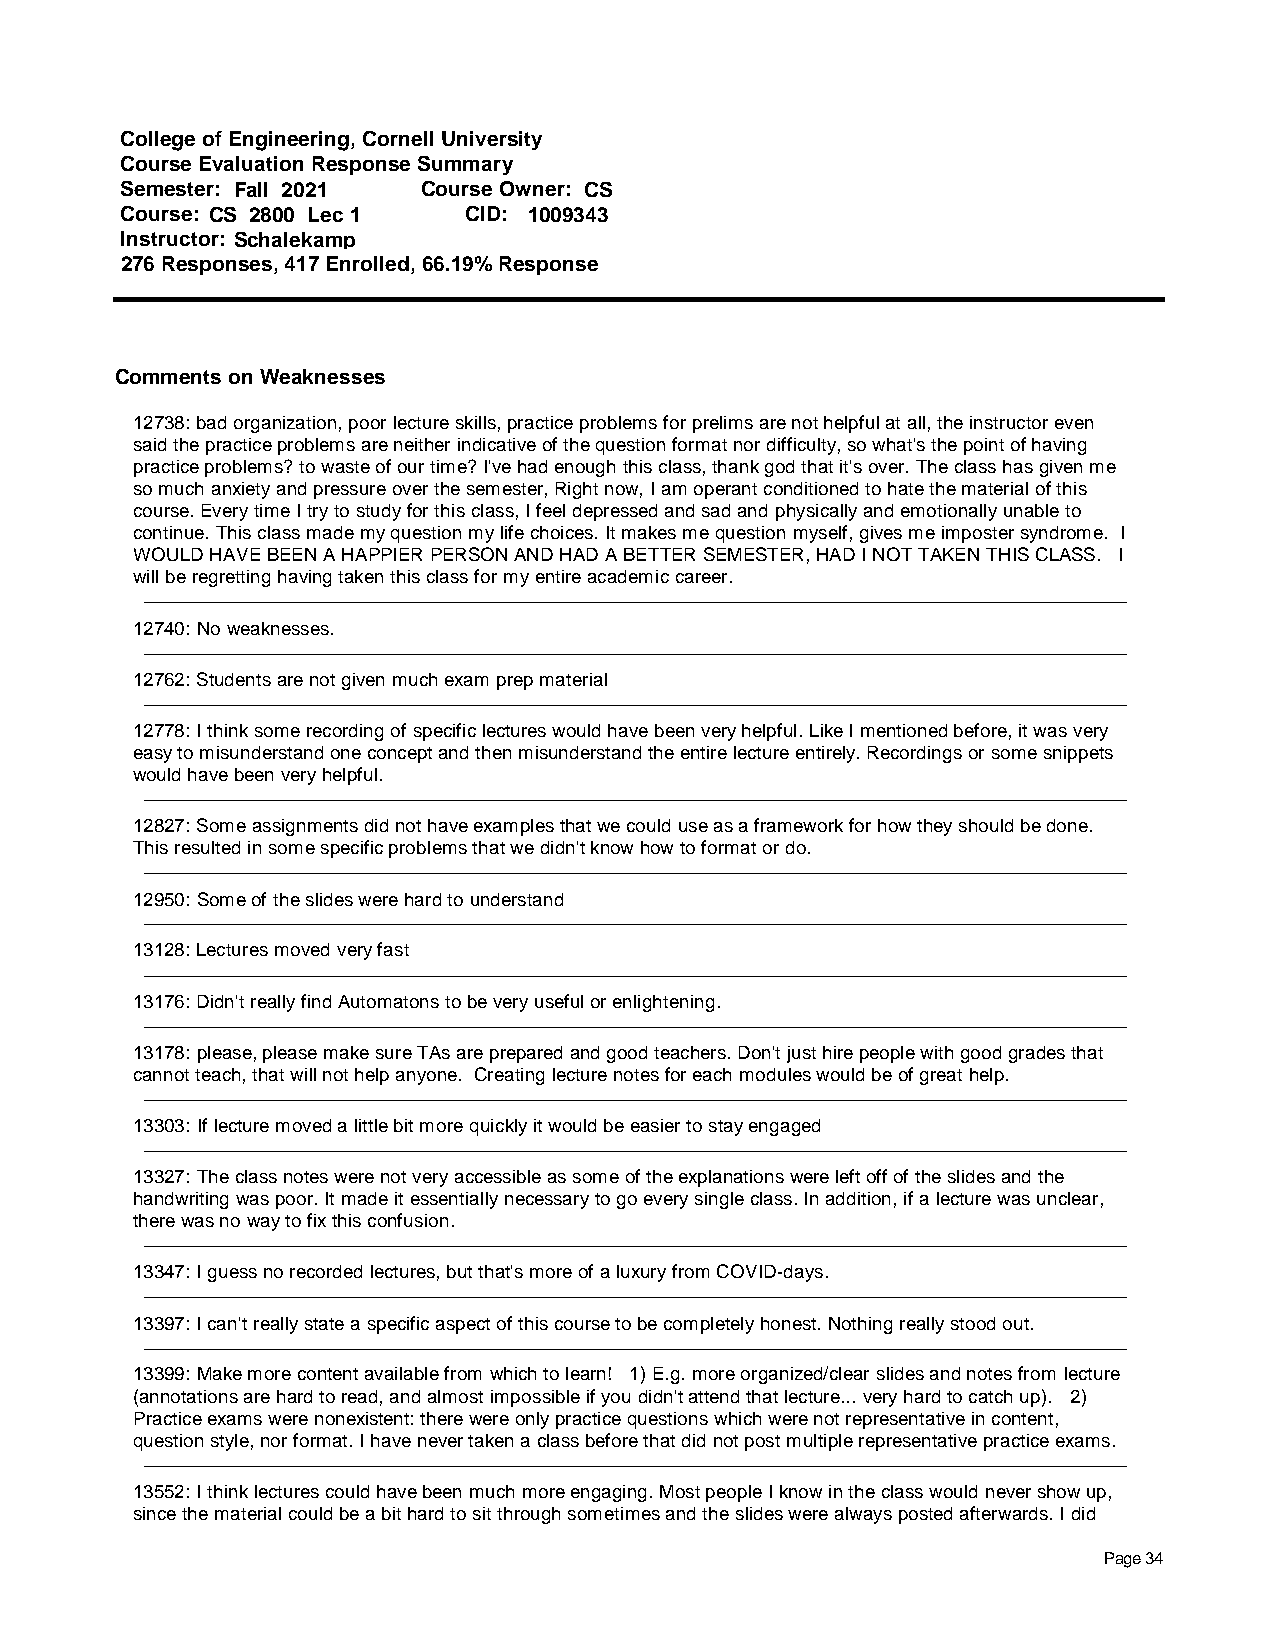
College of Engineering, Cornell University
 Course Evaluation Response Summary
 Semester: Fall 2021 Course Owner: CS
 Course: CS 2800 Lec 1  CID: 1009343
 Instructor: Schalekamp
 276 Responses, 417 Enrolled, 66.19% Response
 Comments on Weaknesses
 12738: bad organization, poor lecture skills, practice problems for prelims are not helpful at all, the instructor even
 said the practice problems are neither indicative of the question format nor difficulty, so what's the point of having
 practice problems? to waste of our time? I've had enough this class, thank god that it's over. The class has given me
 so much anxiety and pressure over the semester, Right now, I am operant conditioned to hate the material of this
 course. Every time I try to study for this class, I feel depressed and sad and physically and emotionally unable to
 continue. This class made my question my life choices. It makes me question myself, gives me imposter syndrome. I
 WOULD HAVE BEEN A HAPPIER PERSON AND HAD A BETTER SEMESTER, HAD I NOT TAKEN THIS CLASS. I
 will be regretting having taken this class for my entire academic career.
 12740: No weaknesses.
 12762: Students are not given much exam prep material
 12778: I think some recording of specific lectures would have been very helpful. Like I mentioned before, it was very
 easy to misunderstand one concept and then misunderstand the entire lecture entirely. Recordings or some snippets
 would have been very helpful.
 12827: Some assignments did not have examples that we could use as a framework for how they should be done.
 This resulted in some specific problems that we didn't know how to format or do.
 12950: Some of the slides were hard to understand
 13128: Lectures moved very fast
 13176: Didn't really find Automatons to be very useful or enlightening.
 13178: please, please make sure TAs are prepared and good teachers. Don't just hire people with good grades that
 cannot teach, that will not help anyone. Creating lecture notes for each modules would be of great help.
 13303: If lecture moved a little bit more quickly it would be easier to stay engaged
 13327: The class notes were not very accessible as some of the explanations were left off of the slides and the
 handwriting was poor. It made it essentially necessary to go every single class. In addition, if a lecture was unclear,
 there was no way to fix this confusion.
 13347: I guess no recorded lectures, but that's more of a luxury from COVID-days.
 13397: I can't really state a specific aspect of this course to be completely honest. Nothing really stood out.
 13399: Make more content available from which to learn! 1) E.g. more organized/clear slides and notes from lecture
 (annotations are hard to read, and almost impossible if you didn't attend that lecture... very hard to catch up). 2)
 Practice exams were nonexistent: there were only practice questions which were not representative in content,
 question style, nor format. I have never taken a class before that did not post multiple representative practice exams.
 13552: I think lectures could have been much more engaging. Most people I know in the class would never show up,
 since the material could be a bit hard to sit through sometimes and the slides were always posted afterwards. I did
 Page 34